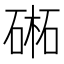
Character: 𣗁